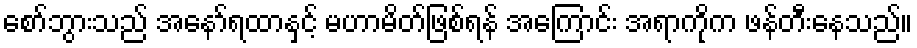
စော်ဘွားသည် အနော်ရထာနှင့် မဟာမိတ်ဖြစ်ရန် အကြောင်း အရာကိုက ဖန်တီးနေသည်။